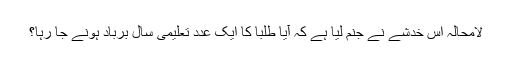
لامحالہ اس خدشے نے جنم لیا ہے کہ آیا طلبا کا ایک عدد تعلیمی سال برباد ہونے جا رہا؟